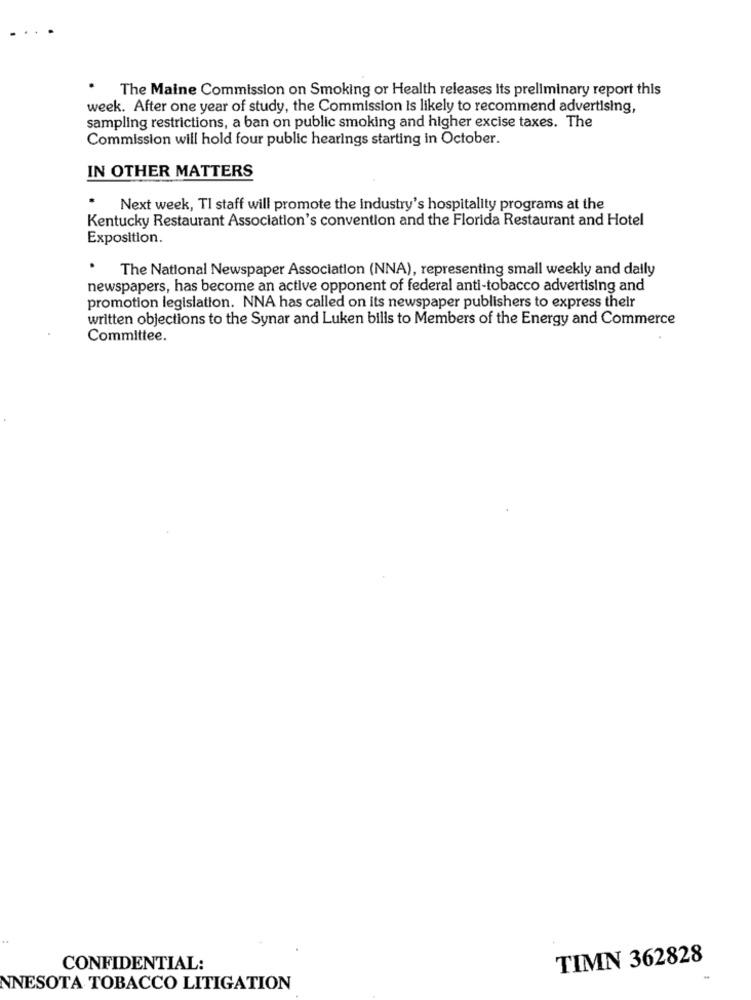
The Maine Commission on Smoking or Health releases Its preliminary report this
week. After one year of study, the Commission Is likely to recommend advertising,
sampling restrictions, a ban on public smoking and higher excise taxes. The
Commission will hold four public hearings starting in October.
IN OTHER MATTERS
Next week, TI staff will promote the industry's hospitality programs at the
Kentucky Restaurant Association's convention and the Florida Restaurant and Hotel
Exposition.
.
The National Newspaper Association (NNA), representing small weekly and dally
newspapers, has become an active opponent of federal anti-tobacco advertising and
promotion legislation. NNA has called on its newspaper publishers to express their
written objections to the Synar and Luken bills to Members of the Energy and Commerce
Committee.
TIMN 362828
CONFIDENTIAL:
NNESOTA TOBACCO LITIGATION